Relation of titanus [i.e. tetanus] to the hypodermic or intramuscular injection of quinine - Number 43
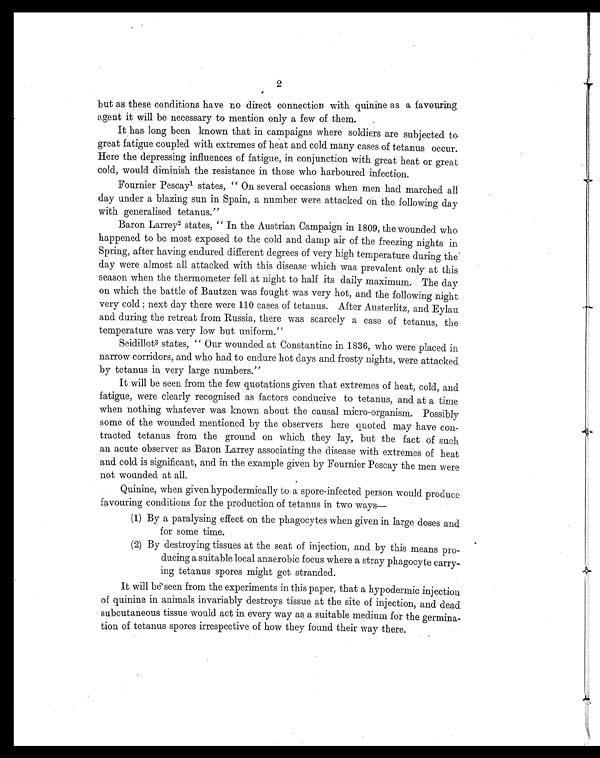
2
but as these conditions have no direct connection with quinine as a favouring
agent it will be necessary to mention only a few of them.
.
It has long been known that in campaigns where soldiers are subjected to
great faligue coupled with extremes of heat and cold many cases of tetanus occur.
Here the depressing influences of fatigue, in conjunction with great heat or great
cold, would diminish the resistance in those who harboured infection.
Fournier Pescay1 states, " On several occasions when men had marched all
day under a blazing sun in Spain, a number were attacked on the following day
with generalised tetanus."
Baron Larrey2 states, " In the Austrian Campaign in 1809, the wounded who
happened to be most exposed to the cold and damp air of the freezing nights in.
Spring, after having endured different degrees of very high temperature during the
day were almost all attacked with this disease which was prevalent only at this
season when the thermometer fell at night to half its daily maximum. The day
on which the battle of Bautzen was fought was very hot, and the following night
very cold ; next day there were 110 cases of tetanus. After Austerlitz, and Eylau
and during the retreat from Russia, there was scarcely a case of tetanus, the
temperature was very low but uniform."
Seidillot3 states, " Our wounded at Constantine in 1836, who were placed in
narrow corridors, and who had to endure hot days and frosty nights, were attacked
by tetanus in very large numbers."
It will be seen from the few quotations given that extremes of heat, cold, and.
fatigue, were clearly recognised as factors conducive to tetanus, and at a time
when nothing whatever was known about the causal micro-organism. Possibly
some of the wounded mentioned by the observers here quoted may have con-
tracted tetanus from the ground on which they lay, but the fact of such
an acute observer as Baron Laney associating the disease with extremes of heat
and cold is significant, and in the example given by Fournier Pescay the men were
not wounded at all.
Quinine, when given hypodermically to a spore-infected person would produce
favouring conditions for the production of tetanus in two ways
(1) By a paralysing effect on the phagocytes when given in large doses and
for some time.
(2) By destroying tissues at the seat of injection, and by this means pro-
ducing a suitable local anaerobic focus where a stray phagocyte carry-
ing tetanus spores might get stranded.
It will be seen from the experiments in this paper, that a hypodermic injection
of quinine in animals invariably destroys tissue at the site of injection, and dead
subcutaneous tissue would act in every way as a suitable medium for the germina-
tion of tetanus spores irrespective of how they found their way there.